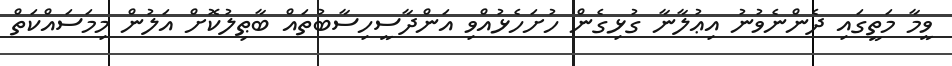
ވީމާ މަތީގައި ދެންނެވުނު އިޢުލާނާ ގުޅިގެން ހުށަހެޅުއްވި އަންދާސީހިސާބުތައް ބާޠިލުކޮށް އަލުން މިމަސައްކަތް